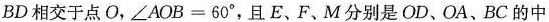
BD相交于点O，$$\angle A O B = 6 0 °$$，且E、F、M分别是OD、OA、BC的中